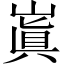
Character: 𡻗